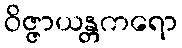
ဝိဇ္ဇာယန္တကရော